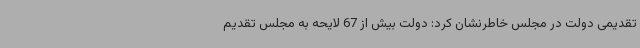
تقدیمی دولت در مجلس خاطرنشان کرد: دولت بیش از 67 لایحه به مجلس تقدیم